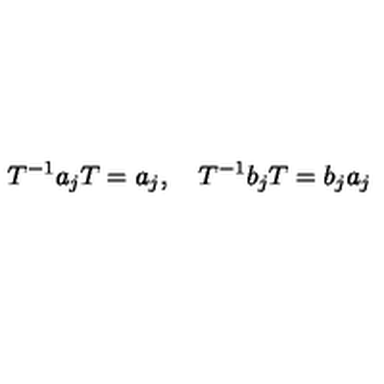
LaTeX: T ^ { - 1 } a _ { j } T = a _ { j } , \quad T ^ { - 1 } b _ { j } T = b _ { j } a _ { j }